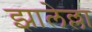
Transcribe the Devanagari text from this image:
झालेल्ला